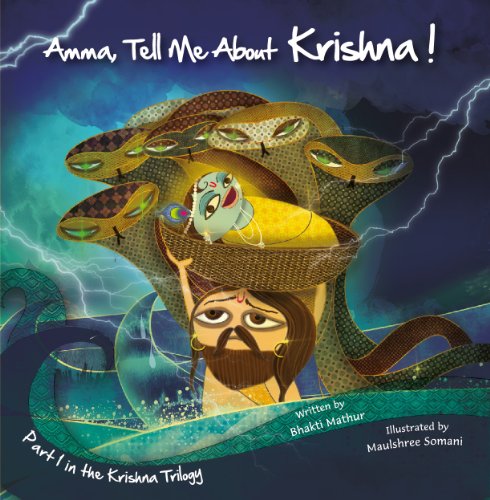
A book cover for Amma, Tell Me About Krishna! (Krishna Trilogy); Bhakti Mathur; Comics & Graphic Novels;